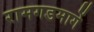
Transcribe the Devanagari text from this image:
रामगडमार्गे